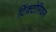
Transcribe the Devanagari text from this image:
टिंक्टोरियस